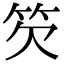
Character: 䇜